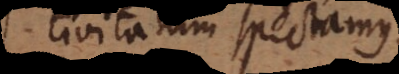
civitatum spectamus,